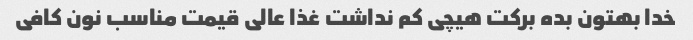
خدا بهتون بده برکت هیچی کم نداشت غذا عالی قیمت مناسب نون کافی